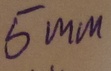
Text: 5mm